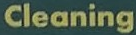
Cleaning